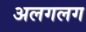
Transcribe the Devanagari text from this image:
अलगलग